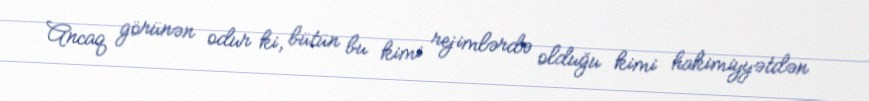
Ancaq görünən odur ki, bütün bu kimi rejimlərdə olduğu kimi hakimiyyətdən